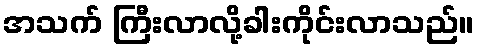
အသက် ကြီးလာလို့ခါးကိုင်းလာသည်။